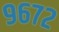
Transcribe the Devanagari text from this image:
९६७२